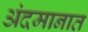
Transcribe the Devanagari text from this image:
अंदमानात